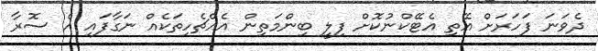
ދެވަަނަ ފަހަރަށް އޭތި އެޓޭކްނުކޮށް ފިލީ ބިންމަތިން އެއްޗެހިތަކެއް ނަގާފައި އެ ސޮރާ